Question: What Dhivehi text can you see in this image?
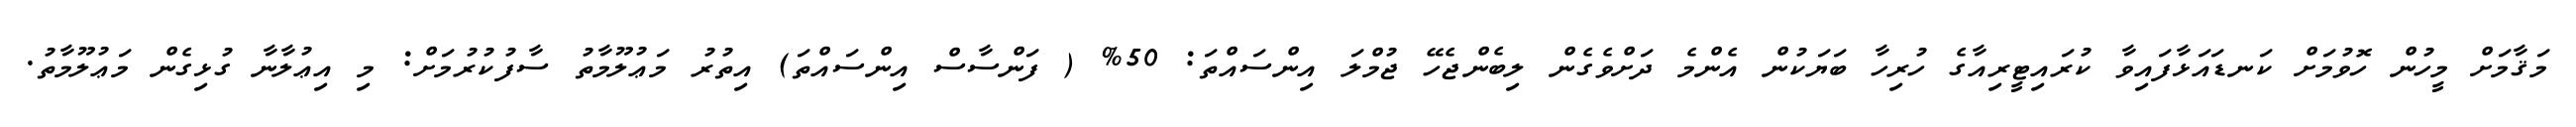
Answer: މަޤާމަށް މީހުން ހޮވުމަށް ކަނޑައަޅާފައިވާ ކުރައިޓީރިއާގެ ހުރިހާ ބަޔަކުން އެންމެ ދަށްވެގެން ލިބެންޖެހޭ ޖުމްލަ އިންސައްތަ: 50% ( ފަންސާސް އިންސައްތަ) އިތުރު މަޢުލޫމާތު ސާފުކުރުމަށް: މި އިޢުލާނާ ގުޅިގެން މަޢުލޫމާތު.